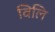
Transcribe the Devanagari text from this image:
विलि